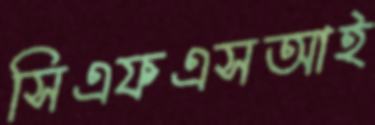
সিএফএসআই